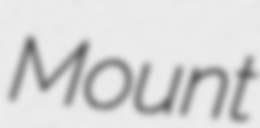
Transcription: Mount